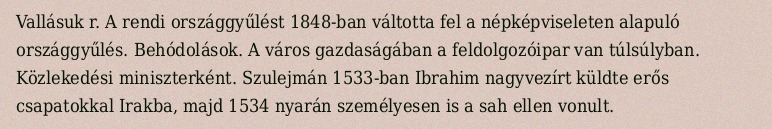
Vallásuk r. A rendi országgyűlést 1848-ban váltotta fel a népképviseleten alapuló országgyűlés. Behódolások. A város gazdaságában a feldolgozóipar van túlsúlyban. Közlekedési miniszterként. Szulejmán 1533-ban Ibrahim nagyvezírt küldte erős csapatokkal Irakba, majd 1534 nyarán személyesen is a sah ellen vonult.